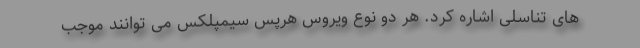
های تناسلی اشاره کرد. هر دو نوع ویروس هرپس سیمپلکس می توانند موجب